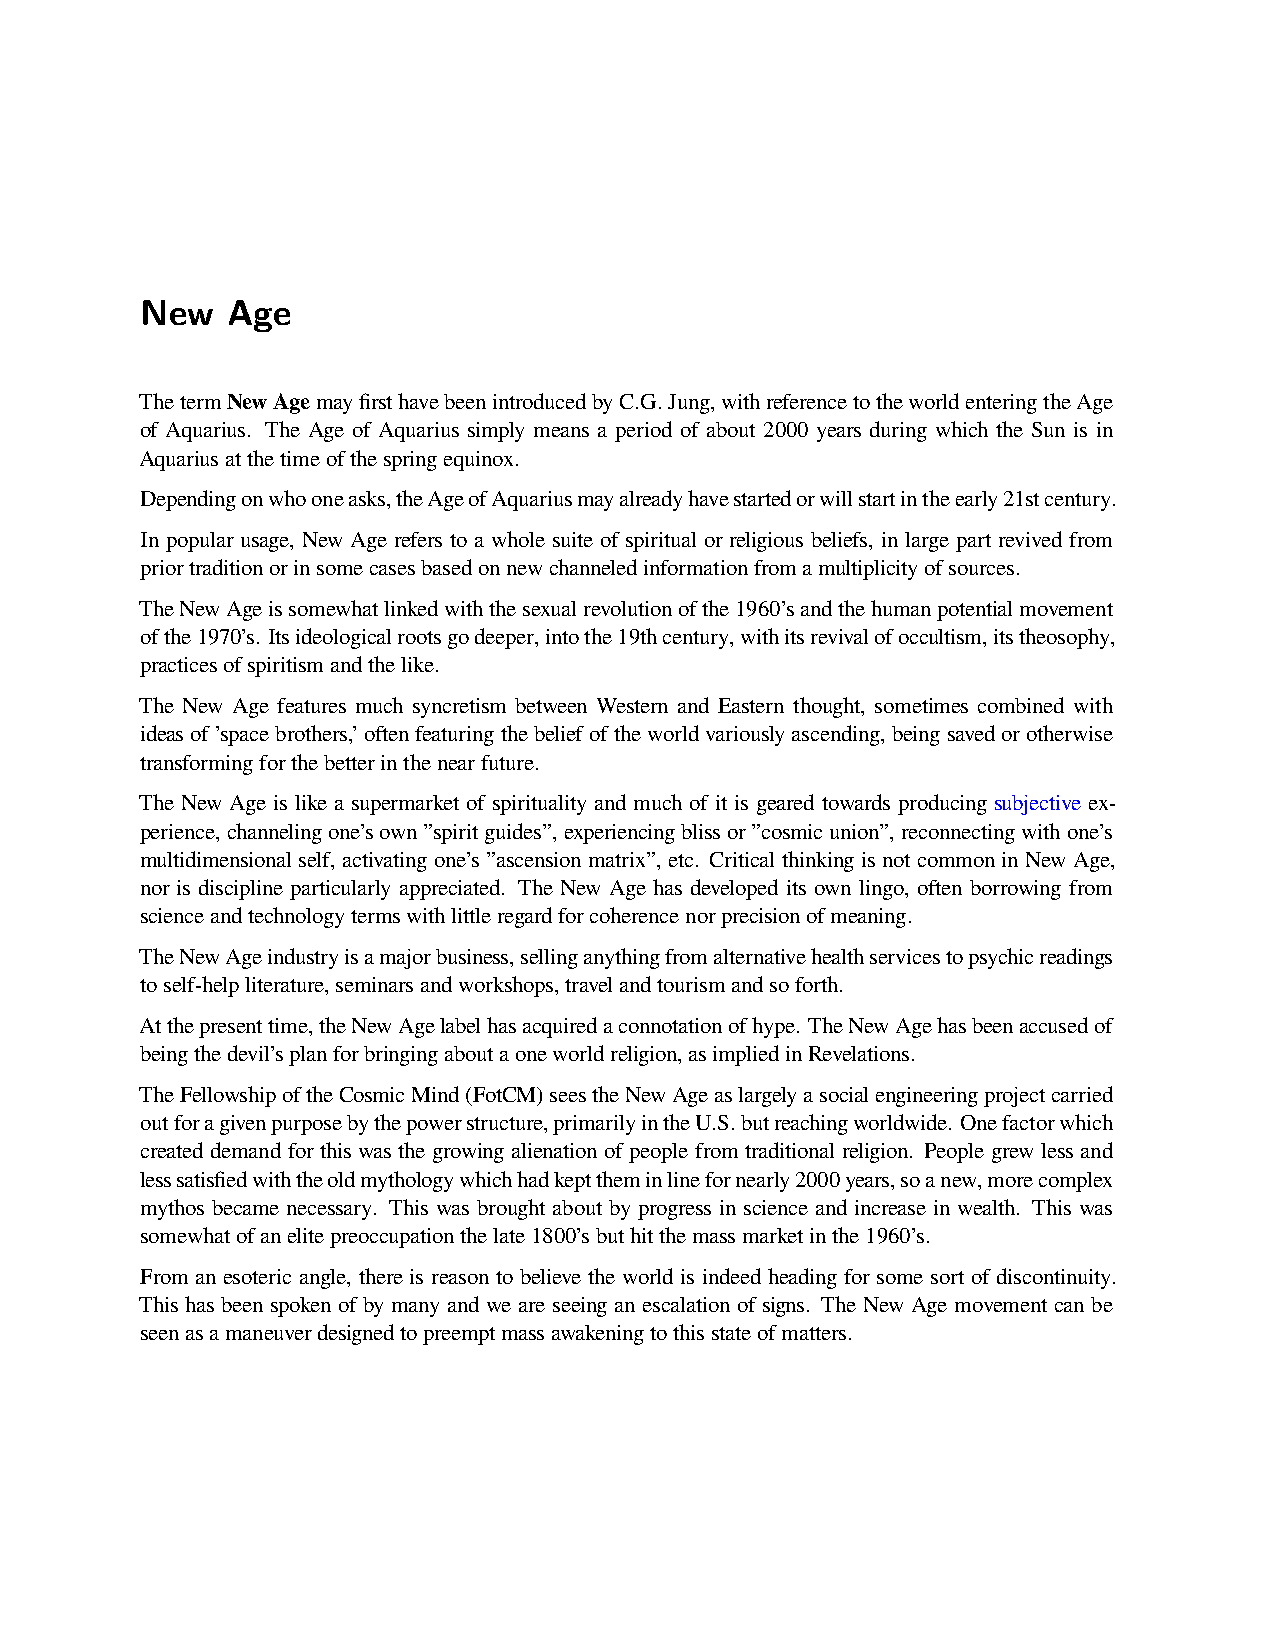
New   Age
 ThetermNewAgemayfirsthavebeenintroducedbyC.G.Jung,withreferencetotheworldenteringtheAge
 of Aquarius. The Age of Aquarius simply means a period of about 2000 years during which the Sun is in
 Aquariusatthetimeofthespringequinox.
 Dependingonwhooneasks,theAgeofAquariusmayalreadyhavestartedorwillstartintheearly21stcentury.
 In popular usage, New Age refers to a whole suite of spiritual or religious beliefs, in large part revived from
 priortraditionorinsomecasesbasedonnewchanneledinformationfromamultiplicityofsources.
 TheNewAgeissomewhatlinkedwiththesexualrevolutionofthe1960’sandthehumanpotentialmovement
 ofthe1970’s. Itsideologicalrootsgodeeper,intothe19thcentury,withitsrevivalofoccultism,itstheosophy,
 practicesofspiritismandthelike.
 The New Age features much syncretism between Western and Eastern thought, sometimes combined with
 ideasof’spacebrothers,’oftenfeaturingthebeliefoftheworldvariouslyascending,beingsavedorotherwise
 transformingforthebetterinthenearfuture.
 The New Age is like a supermarket of spirituality and much of it is geared towards producing subjective ex-
 perience,channelingone’sown”spiritguides”,experiencingblissor”cosmicunion”,reconnectingwithone’s
 multidimensional self, activating one’s ”ascension matrix”, etc. Critical thinking is not common in New Age,
 nor is discipline particularly appreciated. The New Age has developed its own lingo, often borrowing from
 scienceandtechnologytermswithlittleregardforcoherencenorprecisionofmeaning.
 TheNewAgeindustryisamajorbusiness,sellinganythingfromalternativehealthservicestopsychicreadings
 toself-helpliterature,seminarsandworkshops,travelandtourismandsoforth.
 Atthepresenttime,theNewAgelabelhasacquiredaconnotationofhype. TheNewAgehasbeenaccusedof
 beingthedevil’splanforbringingaboutaoneworldreligion,asimpliedinRevelations.
 TheFellowshipoftheCosmicMind(FotCM)seestheNewAgeaslargelyasocialengineeringprojectcarried
 outforagivenpurposebythepowerstructure,primarilyintheU.S.butreachingworldwide. Onefactorwhich
 created demand for this was the growing alienation of people from traditional religion. People grew less and
 lesssatisfiedwiththeoldmythologywhichhadkepttheminlinefornearly2000years,soanew,morecomplex
 mythos became necessary. This was brought about by progress in science and increase in wealth. This was
 somewhatofanelitepreoccupationthelate1800’sbuthitthemassmarketinthe1960’s.
 From an esoteric angle, there is reason to believe the world is indeed heading for some sort of discontinuity.
 This has been spoken of by many and we are seeing an escalation of signs. The New Age movement can be
 seenasamaneuverdesignedtopreemptmassawakeningtothisstateofmatters.